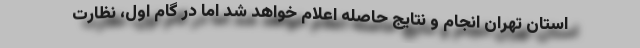
استان تهران انجام و نتایج حاصله اعلام خواهد شد اما در گام اول، نظارت